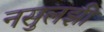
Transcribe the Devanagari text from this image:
नसुलझी